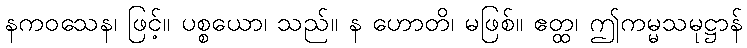
နကဝသေန၊ ဖြင့်။ ပစ္စယော၊ သည်။ န ဟောတိ၊ မဖြစ်။ ဧတ္ထ၊ ဤကမ္မသမုဋ္ဌာန်